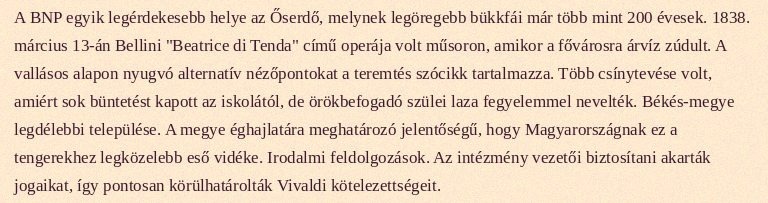
A BNP egyik legérdekesebb helye az Őserdő, melynek legöregebb bükkfái már több mint 200 évesek. 1838. március 13-án Bellini "Beatrice di Tenda" című operája volt műsoron, amikor a fővárosra árvíz zúdult. A vallásos alapon nyugvó alternatív nézőpontokat a teremtés szócikk tartalmazza. Több csínytevése volt, amiért sok büntetést kapott az iskolától, de örökbefogadó szülei laza fegyelemmel nevelték. Békés-megye legdélebbi települése. A megye éghajlatára meghatározó jelentőségű, hogy Magyarországnak ez a tengerekhez legközelebb eső vidéke. Irodalmi feldolgozások. Az intézmény vezetői biztosítani akarták jogaikat, így pontosan körülhatárolták Vivaldi kötelezettségeit.